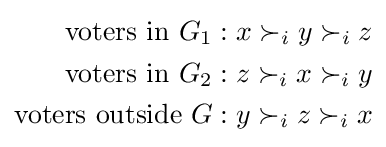
{\begin{aligned}{\text{voters in }}G_{1}&:x\succ _{i}y\succ _{i}z\\{\text{voters in }}G_{2}&:z\succ _{i}x\succ _{i}y\\{\text{voters outside }}G&:y\succ _{i}z\succ _{i}x\end{aligned}}